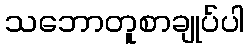
သဘောတူစာချုပ်ပါ